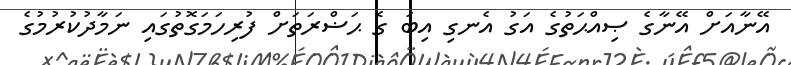
އޭނާއަށް އޭނާގެ ޞިއްޙަތުގެ އަގު އެނގި އިބަ ގެ ޙަޟްރަތަށް ފުރިހަމަގޮތުގައި ނަމާދުކުރުމުގެ